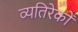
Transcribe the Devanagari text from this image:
व्यतिरेकों